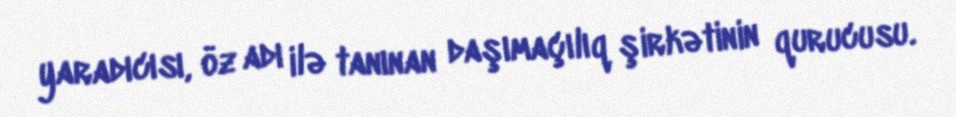
yaradıcısı, öz adı ilə tanınan daşımaçılıq şirkətinin qurucusu.